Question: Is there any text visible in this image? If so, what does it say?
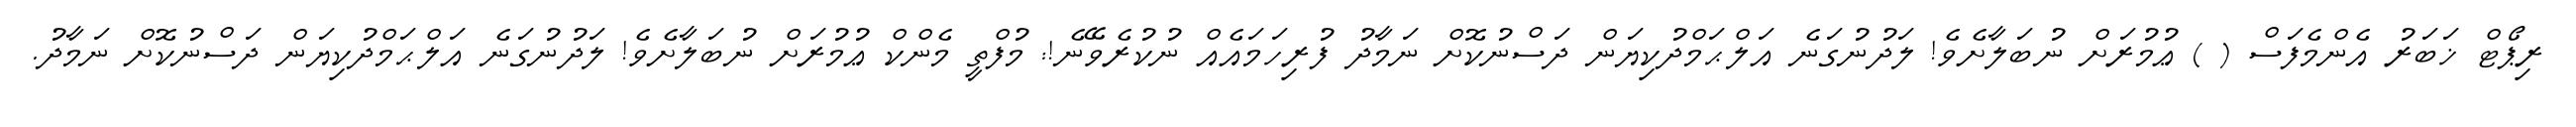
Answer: ރިޕޯޓް ޚަބަރު އެންމެފަސް ( ) ޢުމުރަށް ނުބަލާށެވެ! ލަދުނުގަނެ އަލްޙަމްދުކިޔަން ދަސްނުކޮށް ނަމާދު ފުރިހަމައެއް ނުކުރެވޭނެ!: މުފްތީ މެންކް ޢުމުރަށް ނުބަލާށެވެ! ލަދުނުގަނެ އަލްޙަމްދުކިޔަން ދަސްނުކޮށް ނަމާދު.